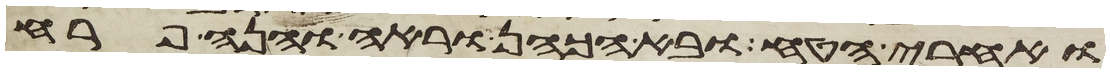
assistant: ואחרי הטח ובא הכהן וראה והנה פרח